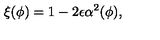
\xi ( \phi ) = 1 - 2 \epsilon \alpha ^ { 2 } ( \phi ) ,